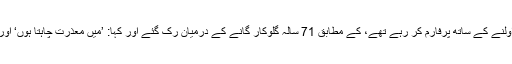
ان کے ساتھی گلوکار سکاٹ مِلر، جو اولنے کے ساتھ پرفارم کر رہے تھے، کے مطابق 71 سالہ گلوکار گانے کے درمیان رک گئے اور کہا: ’میں معذرت چاہتا ہوں‘ اور ’اپنی ٹھوڑی سینے کے ساتھ لگا دی۔